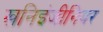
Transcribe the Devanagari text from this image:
खनिइंजीनियर